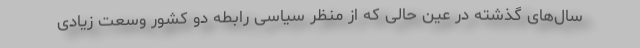
سال‌های گذشته در عین حالی که از منظر سیاسی رابطه دو کشور وسعت زیادی